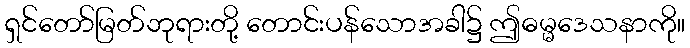
ရှင်တော်မြတ်ဘုရားတို့ တောင်းပန်သောအခါ၌ ဤဓမ္မဒေသနာကို။